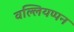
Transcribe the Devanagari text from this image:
वल्लियप्पन